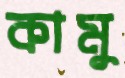
কামু